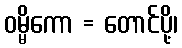
ဝမ္မိကော = တောင်ပို့၊